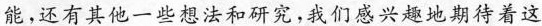
能，还有其他一些想法和研究，我们感兴趣地期待着这